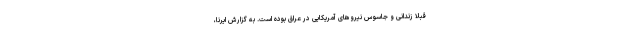
قبلا زندانی و جاسوس نیروهای آمریکایی در عراق بوده است. به گزارش ایرنا،